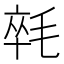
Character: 㲞